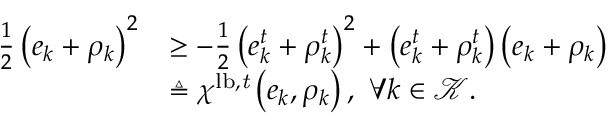
\begin{array} { r l } { \frac { 1 } { 2 } \left( e _ { k } + \rho _ { k } \right) ^ { 2 } } & { \geq - \frac { 1 } { 2 } \left( e _ { k } ^ { t } + \rho _ { k } ^ { t } \right) ^ { 2 } + \left( e _ { k } ^ { t } + \rho _ { k } ^ { t } \right) \left( e _ { k } + \rho _ { k } \right) } \\ & { \triangleq \chi ^ { \mathrm { l b , \it t } } \left( e _ { k } , \rho _ { k } \right) , \ \forall k \in \mathcal K . } \end{array}